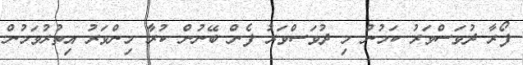
ފޯރާ ދުވަސްވަރު ކަމުން މި ދުވަސްވަރު ފެން ބޭނުން ކުރާ މިންވަރު އިތުރުވަމުން